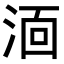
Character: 𭰫